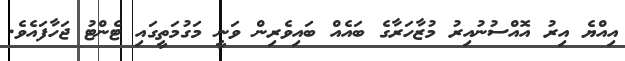
އިއްޔެ އިރު އޮއްސުނުއިރު މުޒާހަރާގެ ބައެއް ބައިވެރިން ވަނީ މަގުމަތީގައި ޓެންޓު ޖަހާފައެވެ.